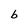
Character: b